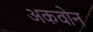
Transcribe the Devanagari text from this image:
अकवोन